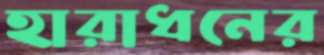
হারাধনের